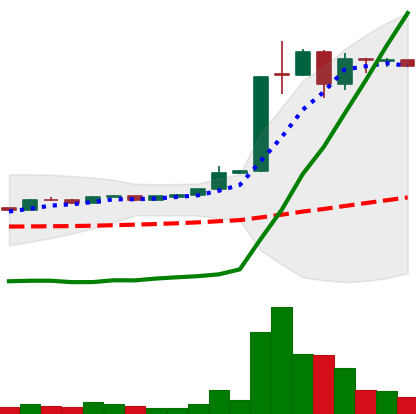
Ticker: LTC-USD
Chart end date: 2015-06-23
Forward return: 11.138%
Label: up_7plus